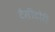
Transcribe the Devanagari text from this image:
टैसीटोरी